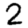
Digit: 2